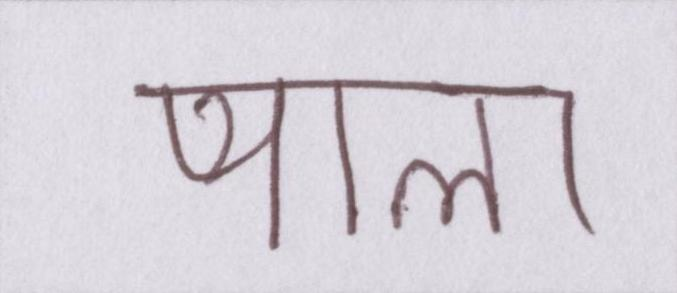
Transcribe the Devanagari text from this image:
प्याला